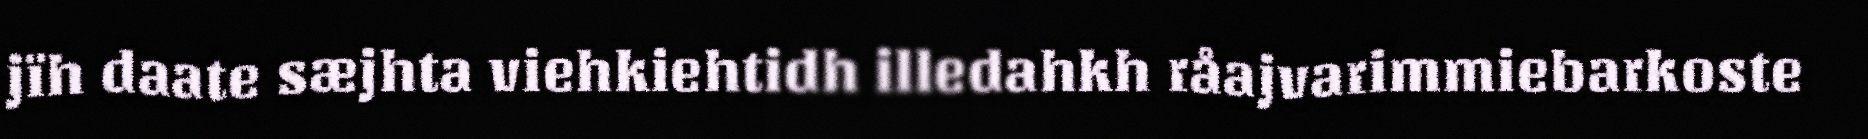
jïh daate sæjhta viehkiehtidh illedahkh råajvarimmiebarkoste